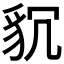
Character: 𮙧